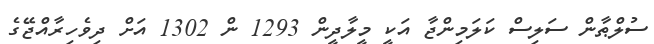
ސުލްޠާން ސަލިސް ކަލަމިންޖާ އަކީ މީލާދީން 1293 ން 1302 އަށް ދިވެހިރާއްޖޭގެ